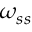
\omega _ { s s }